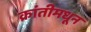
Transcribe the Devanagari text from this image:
क्रांतीमधून